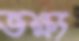
ভক্ষ্য